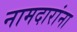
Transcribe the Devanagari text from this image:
नामदारांना